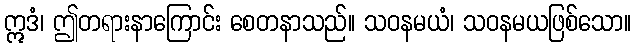
ဣဒံ၊ ဤတရားနာကြောင်း စေတနာသည်။ သဝနမယံ၊ သဝနမယဖြစ်သော။